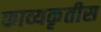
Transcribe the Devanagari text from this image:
काव्यकृतीस